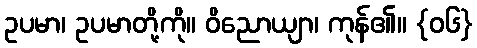
ဥပမာ၊ ဥပမာတို့ကို။ ဝိညောယျာ၊ ကုန်၏။ {၀၆}